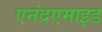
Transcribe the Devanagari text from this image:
एनंदएमाइड